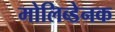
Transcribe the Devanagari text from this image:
मोलिब्डेनक